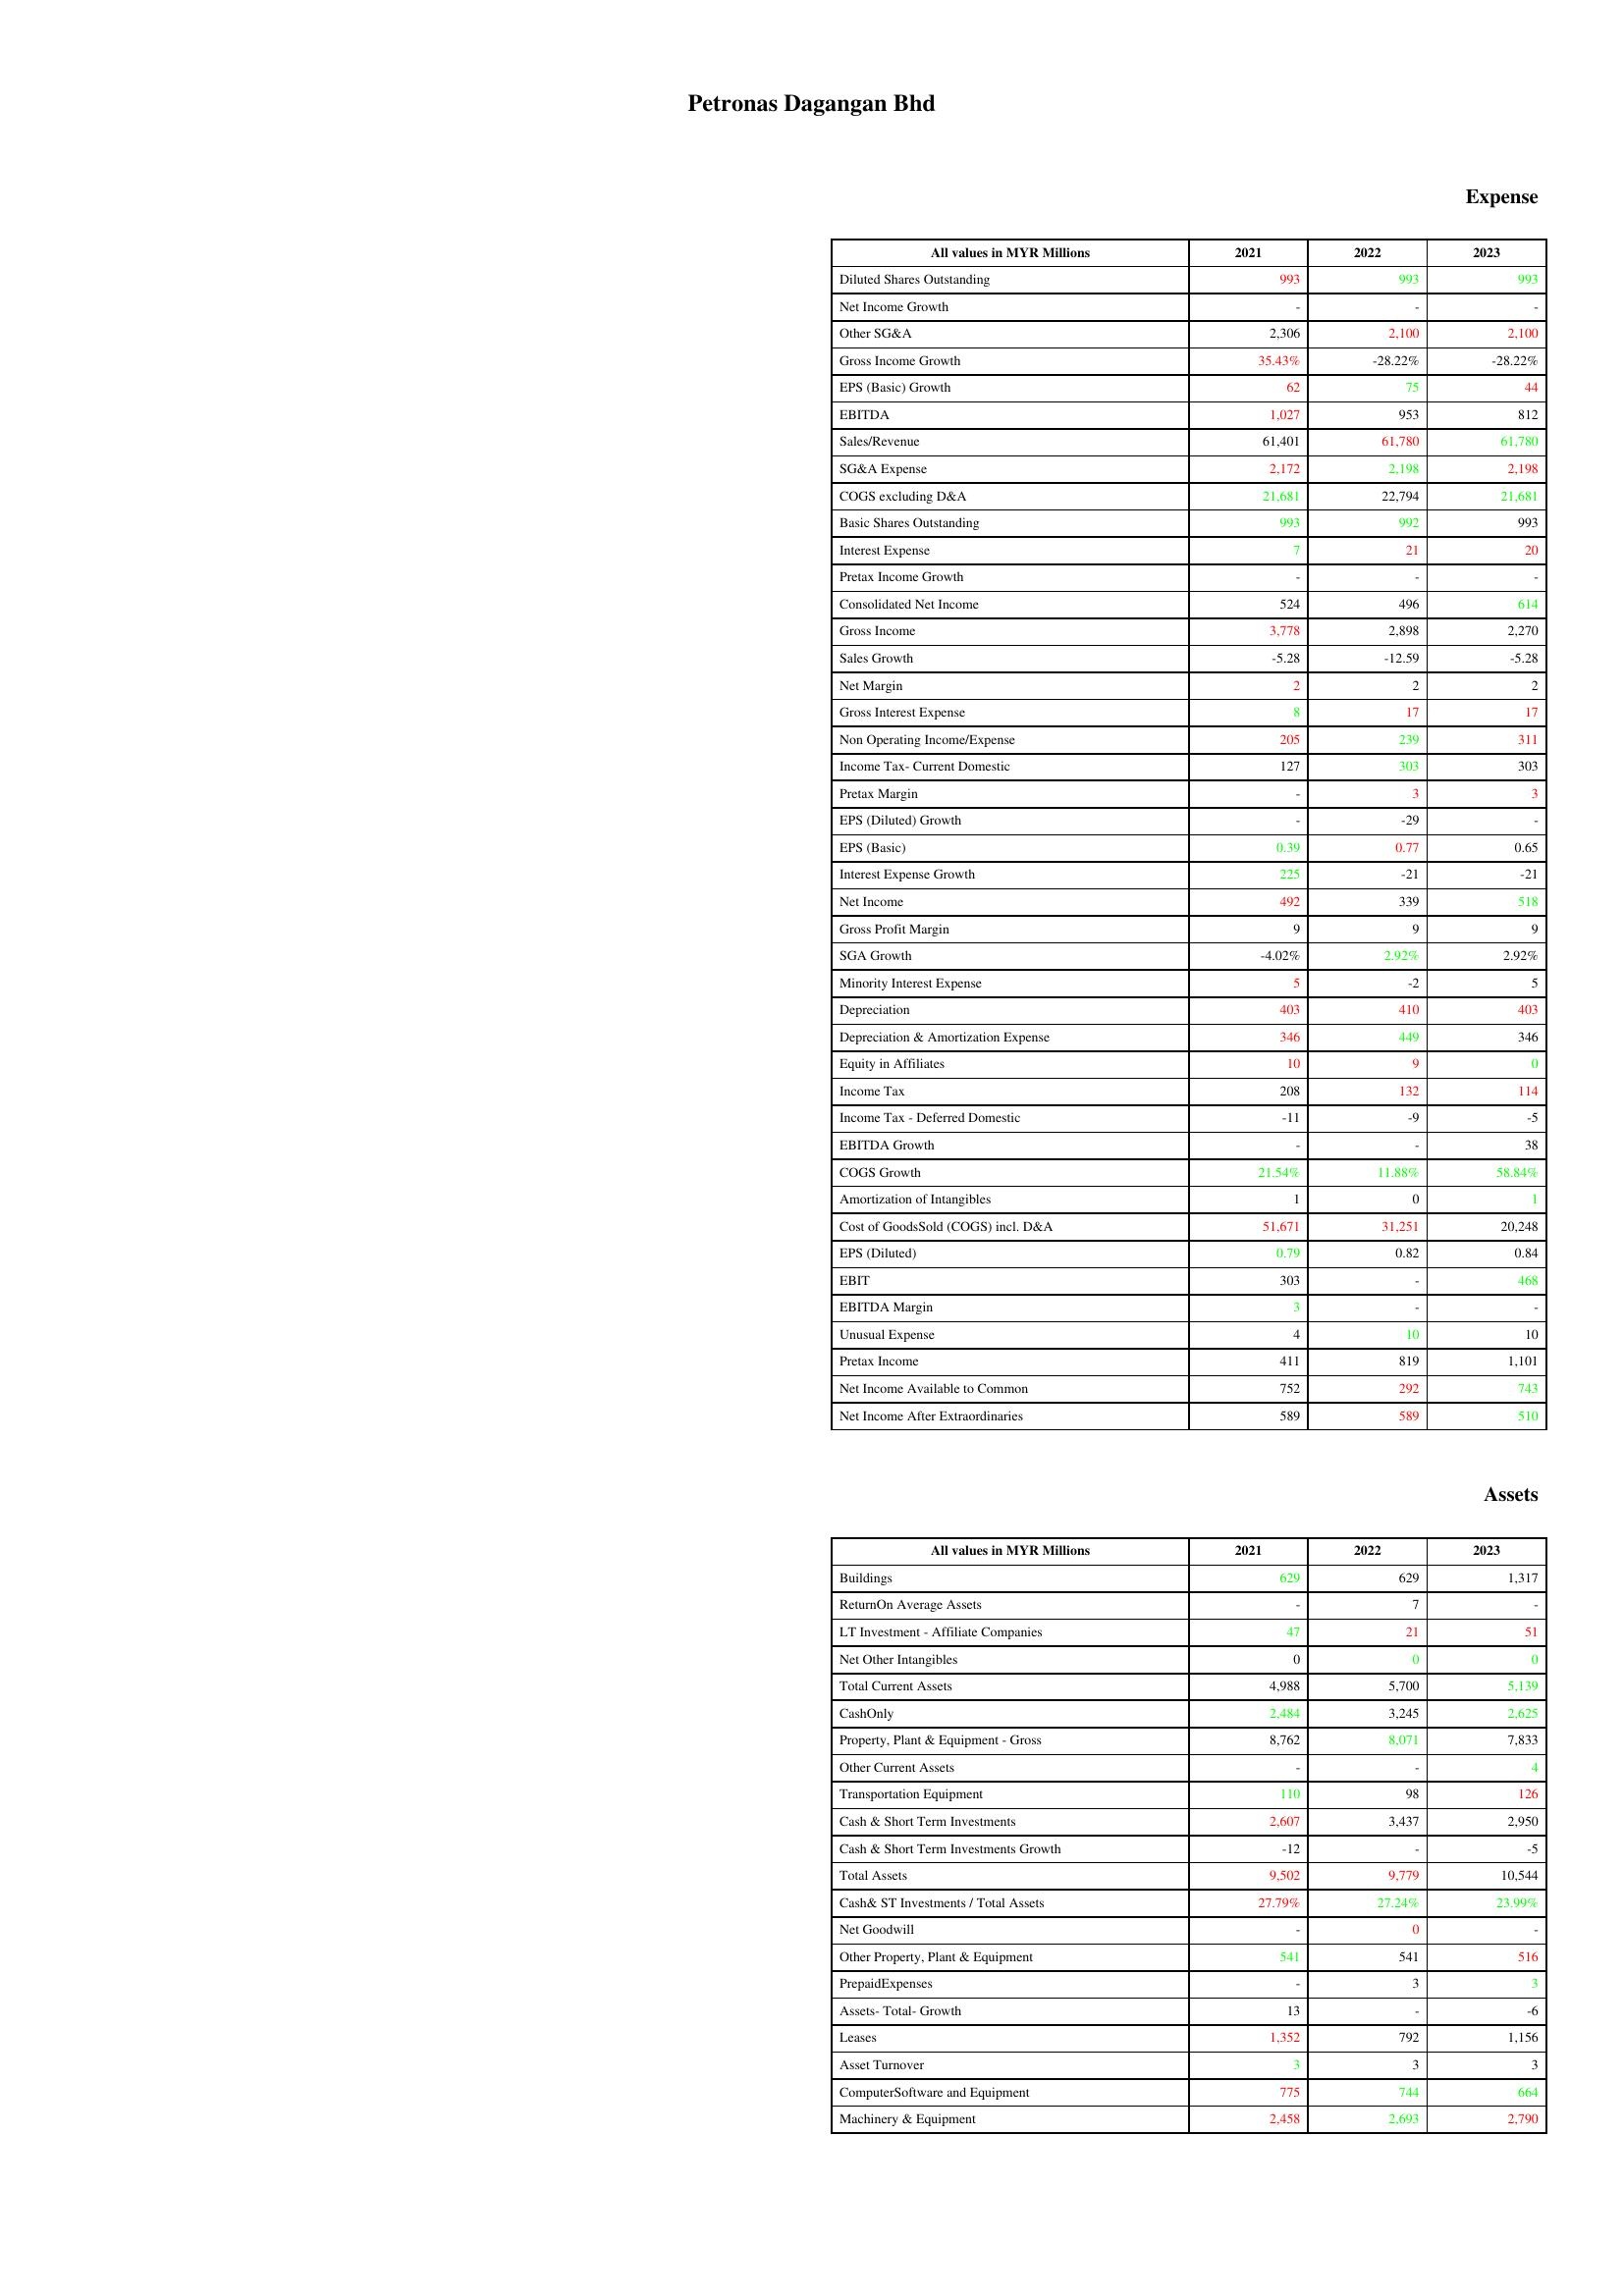
gt_parse: 2021: Expense: Diluted Shares Outstanding: 993
Net Income Growth: -
Other SG&A: 2,306
Gross Income Growth: 35.43%
EPS (Basic) Growth: 62
EBITDA: 1,027
Sales/Revenue: 61,401
SG&A Expense: 2,172
COGS excluding D&A: 21,681
Basic Shares Outstanding: 993
Interest Expense: 7
Pretax Income Growth: -
Consolidated Net Income: 524
Gross Income: 3,778
Sales Growth: -5.28
Net Margin: 2
Gross Interest Expense: 8
Non Operating Income/Expense: 205
Income Tax- Current Domestic: 127
Pretax Margin: -
EPS (Diluted) Growth: -
EPS (Basic): 0.39
Interest Expense Growth: 225
Net Income: 492
Gross Profit Margin: 9
SGA Growth: -4.02%
Minority Interest Expense: 5
Depreciation: 403
Depreciation & Amortization Expense: 346
Equity in Affiliates: 10
Income Tax: 208
Income Tax - Deferred Domestic: -11
EBITDA Growth: -
COGS Growth: 21.54%
Amortization of Intangibles: 1
Cost of GoodsSold (COGS) incl. D&A: 51,671
EPS (Diluted): 0.79
EBIT: 303
EBITDA Margin: 3
Unusual Expense: 4
Pretax Income: 411
Net Income Available to Common: 752
Net Income After Extraordinaries: 589
Assets: Buildings: 629
ReturnOn Average Assets: -
LT Investment - Affiliate Companies: 47
Net Other Intangibles: 0
Total Current Assets: 4,988
CashOnly: 2,484
Property, Plant & Equipment - Gross : 8,762
Other Current Assets: -
Transportation Equipment: 110
Cash & Short Term Investments: 2,607
Cash & Short Term Investments Growth: -12
Total Assets: 9,502
Cash& ST Investments / Total Assets: 27.79%
Net Goodwill: -
Other Property, Plant & Equipment: 541
PrepaidExpenses: -
Assets- Total- Growth: 13
Leases: 1,352
Asset Turnover: 3
ComputerSoftware and Equipment: 775
Machinery & Equipment: 2,458
2022: Expense: Diluted Shares Outstanding: 993
Net Income Growth: -
Other SG&A: 2,100
Gross Income Growth: -28.22%
EPS (Basic) Growth: 75
EBITDA: 953
Sales/Revenue: 61,780
SG&A Expense: 2,198
COGS excluding D&A: 22,794
Basic Shares Outstanding: 992
Interest Expense: 21
Pretax Income Growth: -
Consolidated Net Income: 496
Gross Income: 2,898
Sales Growth: -12.59
Net Margin: 2
Gross Interest Expense: 17
Non Operating Income/Expense: 239
Income Tax- Current Domestic: 303
Pretax Margin: 3
EPS (Diluted) Growth: -29
EPS (Basic): 0.77
Interest Expense Growth: -21
Net Income: 339
Gross Profit Margin: 9
SGA Growth: 2.92%
Minority Interest Expense: -2
Depreciation: 410
Depreciation & Amortization Expense: 449
Equity in Affiliates: 9
Income Tax: 132
Income Tax - Deferred Domestic: -9
EBITDA Growth: -
COGS Growth: 11.88%
Amortization of Intangibles: 0
Cost of GoodsSold (COGS) incl. D&A: 31,251
EPS (Diluted): 0.82
EBIT: -
EBITDA Margin: -
Unusual Expense: 10
Pretax Income: 819
Net Income Available to Common: 292
Net Income After Extraordinaries: 589
Assets: Buildings: 629
ReturnOn Average Assets: 7
LT Investment - Affiliate Companies: 21
Net Other Intangibles: 0
Total Current Assets: 5,700
CashOnly: 3,245
Property, Plant & Equipment - Gross : 8,071
Other Current Assets: -
Transportation Equipment: 98
Cash & Short Term Investments: 3,437
Cash & Short Term Investments Growth: -
Total Assets: 9,779
Cash& ST Investments / Total Assets: 27.24%
Net Goodwill: 0
Other Property, Plant & Equipment: 541
PrepaidExpenses: 3
Assets- Total- Growth: -
Leases: 792
Asset Turnover: 3
ComputerSoftware and Equipment: 744
Machinery & Equipment: 2,693
2023: Expense: Diluted Shares Outstanding: 993
Net Income Growth: -
Other SG&A: 2,100
Gross Income Growth: -28.22%
EPS (Basic) Growth: 44
EBITDA: 812
Sales/Revenue: 61,780
SG&A Expense: 2,198
COGS excluding D&A: 21,681
Basic Shares Outstanding: 993
Interest Expense: 20
Pretax Income Growth: -
Consolidated Net Income: 614
Gross Income: 2,270
Sales Growth: -5.28
Net Margin: 2
Gross Interest Expense: 17
Non Operating Income/Expense: 311
Income Tax- Current Domestic: 303
Pretax Margin: 3
EPS (Diluted) Growth: -
EPS (Basic): 0.65
Interest Expense Growth: -21
Net Income: 518
Gross Profit Margin: 9
SGA Growth: 2.92%
Minority Interest Expense: 5
Depreciation: 403
Depreciation & Amortization Expense: 346
Equity in Affiliates: 0
Income Tax: 114
Income Tax - Deferred Domestic: -5
EBITDA Growth: 38
COGS Growth: 58.84%
Amortization of Intangibles: 1
Cost of GoodsSold (COGS) incl. D&A: 20,248
EPS (Diluted): 0.84
EBIT: 468
EBITDA Margin: -
Unusual Expense: 10
Pretax Income: 1,101
Net Income Available to Common: 743
Net Income After Extraordinaries: 510
Assets: Buildings: 1,317
ReturnOn Average Assets: -
LT Investment - Affiliate Companies: 51
Net Other Intangibles: 0
Total Current Assets: 5,139
CashOnly: 2,625
Property, Plant & Equipment - Gross : 7,833
Other Current Assets: 4
Transportation Equipment: 126
Cash & Short Term Investments: 2,950
Cash & Short Term Investments Growth: -5
Total Assets: 10,544
Cash& ST Investments / Total Assets: 23.99%
Net Goodwill: -
Other Property, Plant & Equipment: 516
PrepaidExpenses: 3
Assets- Total- Growth: -6
Leases: 1,156
Asset Turnover: 3
ComputerSoftware and Equipment: 664
Machinery & Equipment: 2,790